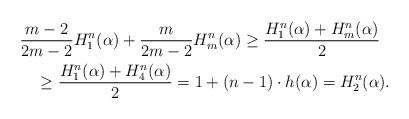
LaTeX: \begin{align*}&\frac{m-2}{2m-2}H_1^n(\alpha)+\frac{m}{2m-2}H_m^n(\alpha)\geq \frac{H_1^n(\alpha)+H_m^n(\alpha)}{2}\\&\ \ \ \geq \frac{H_1^n(\alpha)+H_4^n(\alpha)}{2}=1+(n-1)\cdot h(\alpha)=H_2^n(\alpha).\end{align*}